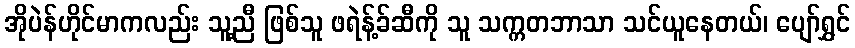
အိုပဲန်ဟိုင်မာကလည်း သူ့ညီ ဖြစ်သူ ဖရဲန့်ခ်ဆီကို သူ သက္ကတဘာသာ သင်ယူနေတယ်၊ ပျော်ရွှင်